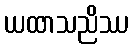
ယထာသညိဿ